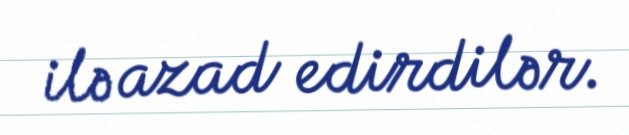
ilə azad edirdilər.